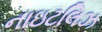
નાઇટલિઝ